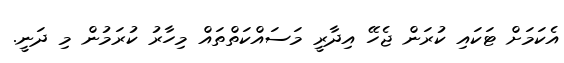
އެކަމަށް ޓަކައި ކުރަން ޖެހޭ އިދާރީ މަސައްކަތްތައް މިހާރު ކުރަމުން މި ދަނީ.